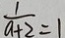
\frac { 1 } { a + 2 } = 1